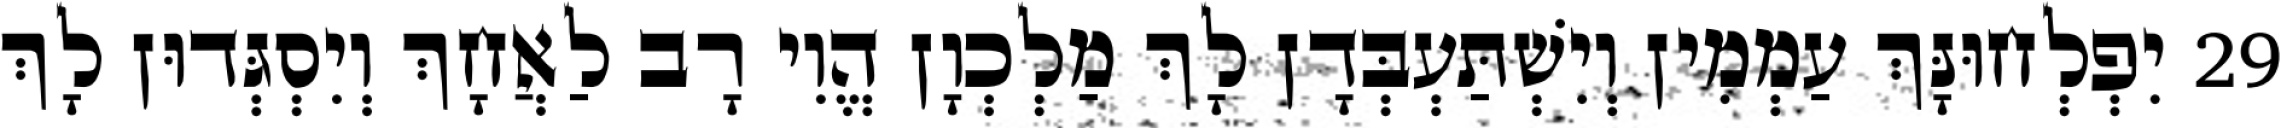
29 יִפְלְחוּנָּךְ עַמְמִין וְיִשְׁתַּעְבְּדָן לָךְ מַלְכְוָן הֱוִי רָב לַאֲחָךְ וְיִסְגְּדוּן לָךְ